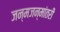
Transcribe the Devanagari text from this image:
जन्मजन्मांतरी